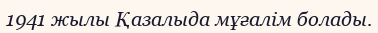
1941 жылы Қазалыда мұғалім болады.